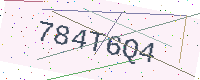
Text: 784T6Q4